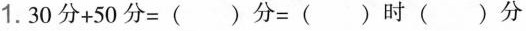
1.$$3 0 分 + 5 0 分 = （）分 = （） 时 （） 分$$